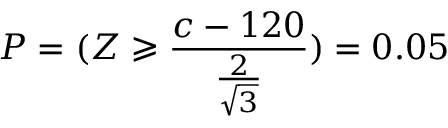
P = ( Z \geqslant { \frac { c - 1 2 0 } { \frac { 2 } { \sqrt { 3 } } } } ) = 0 . 0 5